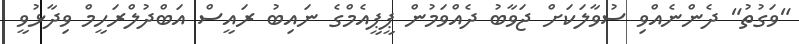
"ވަގުތު" ދެންނެއްވި ސުވާލަކަށް ޖަވާބު ދެއްވަމުން ޕީޕީއެމްގެ ނައިބު ރައީސް އަބްދުލްރަހީމް ވިދާޅުވީ